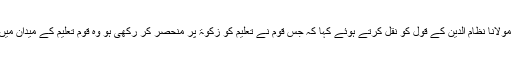
انہوں نے امیر سادس مولانا نظام الدین کے قول کو نقل کرتے ہوئے کہا کہ جس قوم نے تعلیم کو زکوۃ پر منحصر کر رکھی ہو وہ قوم تعلیم کے میدان میں آگے نہیں بڑھ سکتی۔